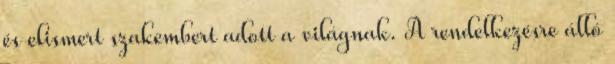
és elismert szakembert adott a világnak. A rendelkezésre álló